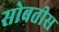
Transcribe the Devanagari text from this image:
सोबतीस